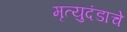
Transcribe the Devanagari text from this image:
मृत्युदंडाचे